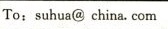
To:suhua@ china. com